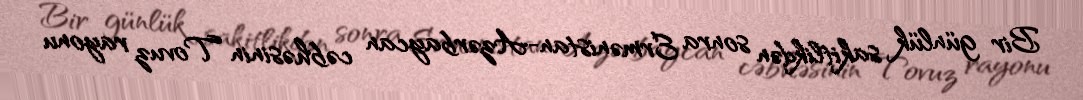
Bir günlük sakitlikdən sonra Ermənistan-Azərbaycan cəbhəsinin Tovuz rayonu